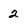
Character: 2